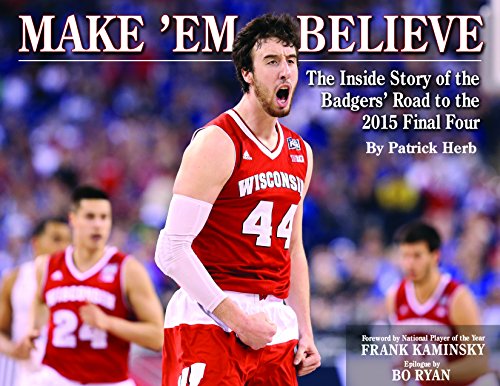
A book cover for Make 'Em Believe - The Inside Story of the Badgers' Road to the 2015 Final Four; Patrick Herb; Sports & Outdoors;